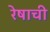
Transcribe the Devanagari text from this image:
रेषाची